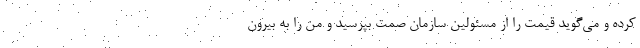
کرده و می‌گوید قیمت را از مسئولین سازمان صمت بپرسید و من را به بیرون